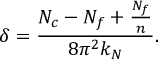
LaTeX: \delta = \frac { N _ { c } - N _ { f } + \frac { N _ { f } } { n } } { 8 \pi ^ { 2 } k _ { N } } .